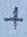
Text: +